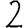
Digit: 2